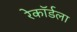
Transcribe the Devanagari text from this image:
रेकॉर्डला